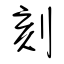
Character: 刻